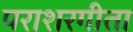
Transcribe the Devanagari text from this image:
पराशरगीता